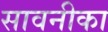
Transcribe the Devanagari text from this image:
सावनीका